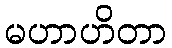
မဟာဟိတာ